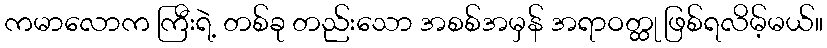
ကမာလောက ကြီးရဲ့ တစ်ခု တည်းသော အစစ်အမှန် အရာဝတ္ထု ဖြစ်ရလိမ့်မယ်။